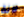
لانة